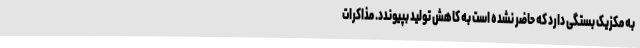
به مکزیک بستگی دارد که حاضر نشده است به کاهش تولید بپیوندد. مذاکرات